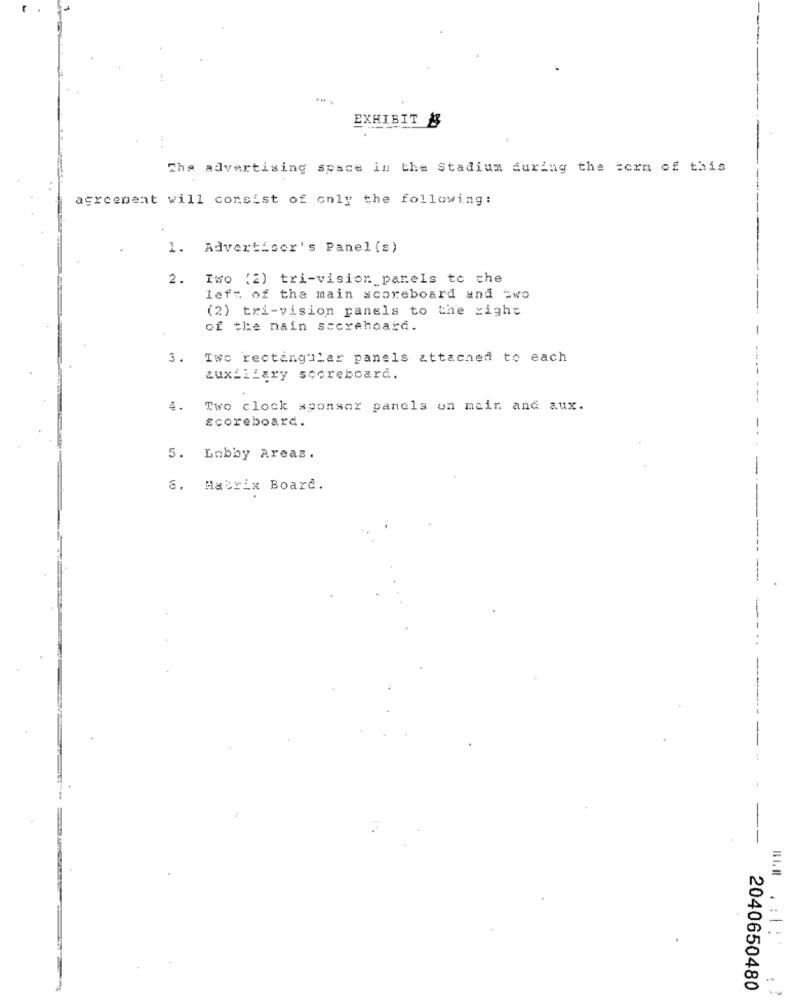
EXHIBIT B
The advertising space in the Stadium during the term of this
agreement will consist of only the following:
1.
Advertiser's Panel (s)
2.
Two (2) tri-vision panels to the
left of the main scoreboard and =wo
(2) tri-vision panels to the right
of the main scorehoard.
3.
Two rectangular panels attached to each
auxiliary scoreboard.
4.
Two clock sponsor panels on main and aux.
scoreboard.
5. Lobby Areas.
6. Matrix Board.
2040650480